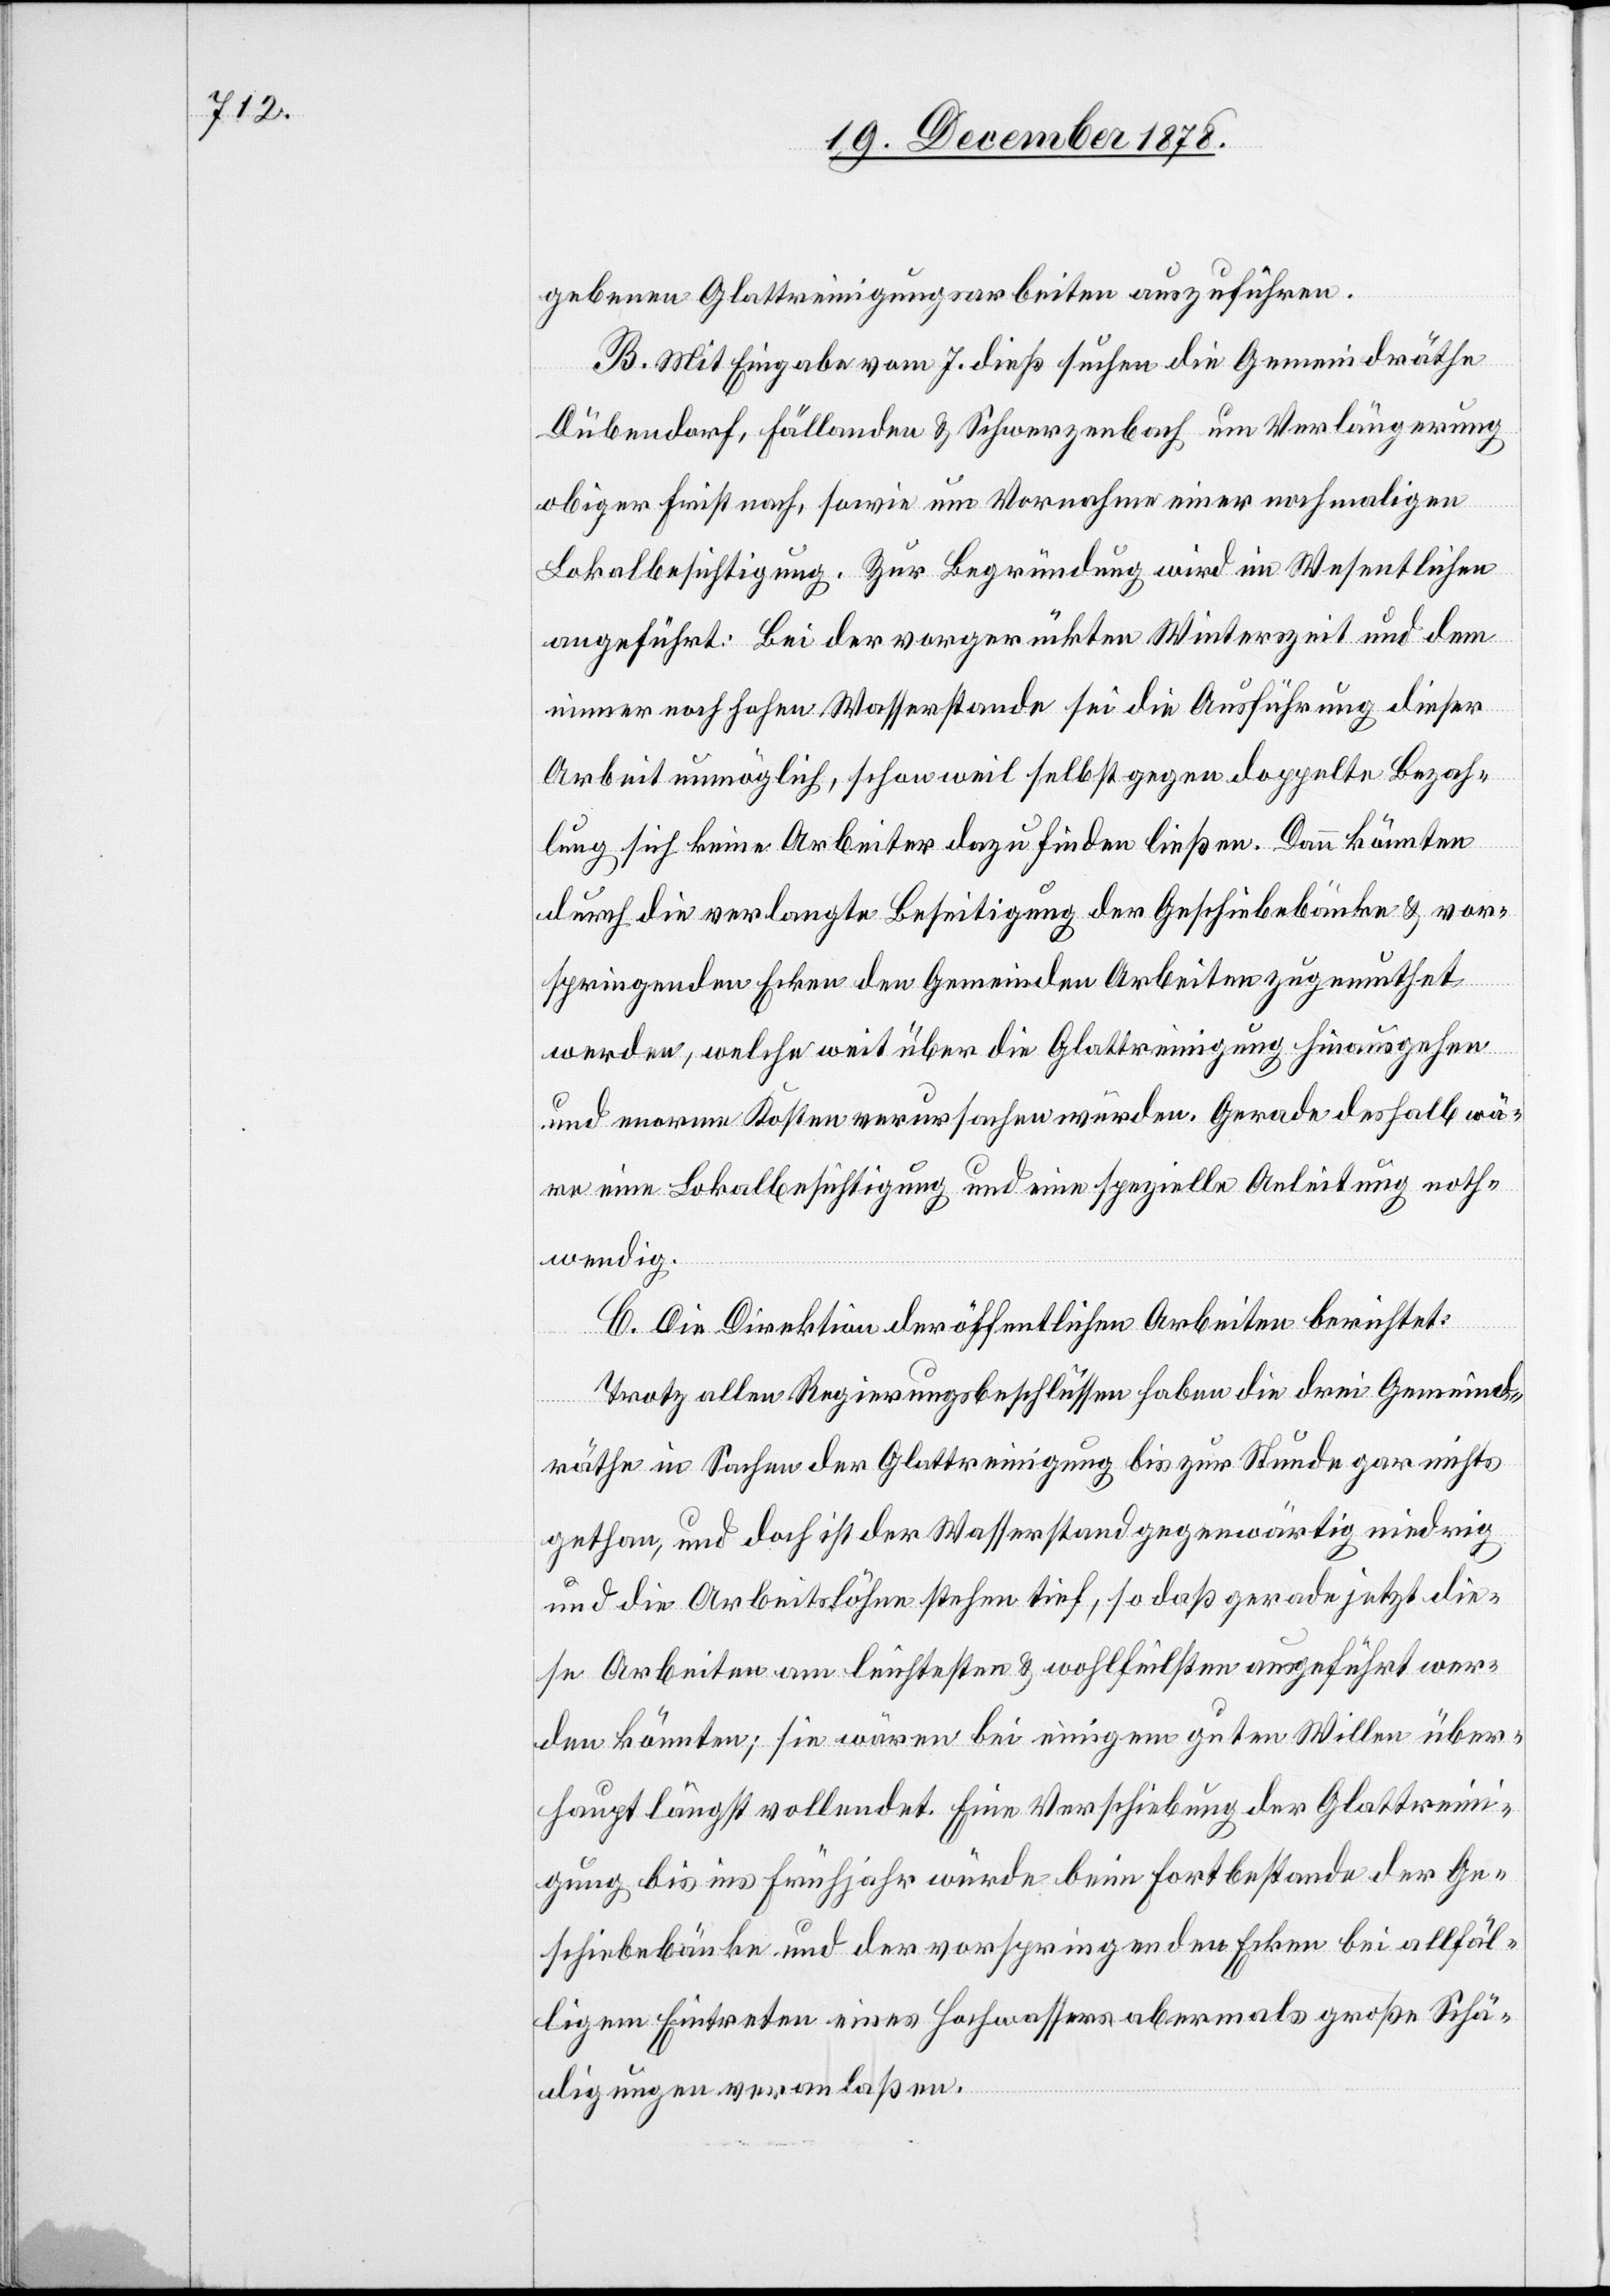
gebene Glattreinigungsarbeiten auszuführen.
B. Mit Eingabe vom 7. dieß suchen die Gemeindräthe
Dübendorf, Fällanden & Schwerzenbach um Verlängerung
obiger Frist nach, sowie um Vornahme einer nochmaligen
Lokalbesichtigung. Zur Begründung wird im Wesentlichen
angeführt: Bei der vorgerückten Winterzeit und dem
immer noch hohen Wasserstande sei die Ausführung dieser
Arbeit unmöglich, schon weil selbst gegen doppelte Bezah¬
lung sich keine Arbeiter dazu finden ließen. Dann könnten
durch die verlangte Beseitigung der Geschiebebänke & vor¬
springenden Ecken den Gemeinden Arbeiten zugemuthet
werden, welche weit über die Glattreinigung hinausgehen
und enorme Kosten verursachen würden. Gerade deshalb wä¬
re eine Lokalbesichtigung und eine spezielle Anleitung noth¬
wendig.
C. Die Direktion der öffentlichen Arbeiten berichtet:
Trotz allen Regierungsbeschlüssen haben die drei Gemeind¬
räthe in Sachen der Glattreinigung bis zur Stunde gar nichts
gethan, und doch ist der Wasserstand gegenwärtig niedrig
und die Arbeitslöhne stehen tief, so daß gerade jetzt die¬
se Arbeiten am leichtesten & wohlfeilsten ausgeführt wer¬
den könnten; sie wären bei einigem guten Willen über¬
haupt längst vollendet. Eine Verschiebung der Glattreini¬
gung bis ins Frühjahr würde beim Fortbestande der Ge¬
schiebebänke und der vorspringenden Ecken bei allfäl¬
ligem Eintreten eines Hochwassers abermals große Schä¬
digung veranlaßen.